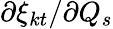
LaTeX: \partial{\xi_{kt}}/{\partial Q_{s}}